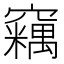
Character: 𱷛